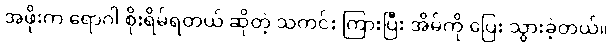
အဖိုးက ရောဂါ စိုးရိမ်ရတယ် ဆိုတဲ့ သတင်း ကြားပြီး အိမ်ကို ပြေး သွားခဲ့တယ်။